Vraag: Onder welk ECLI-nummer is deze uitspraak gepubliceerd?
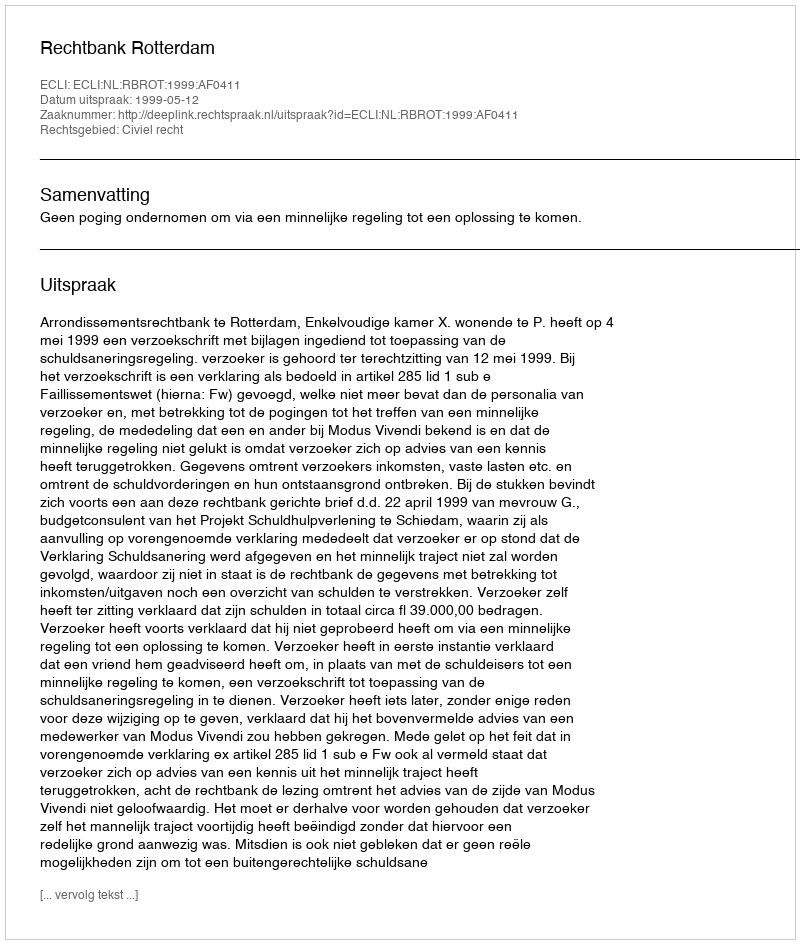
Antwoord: ECLI:NL:RBROT:1999:AF0411